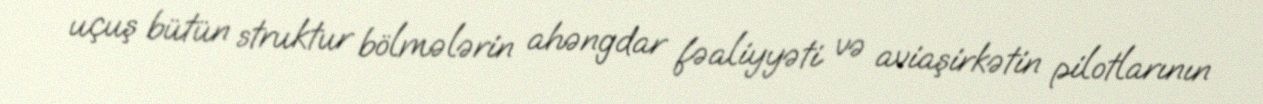
uçuş bütün struktur bölmələrin ahəngdar fəaliyyəti və aviaşirkətin pilotlarının